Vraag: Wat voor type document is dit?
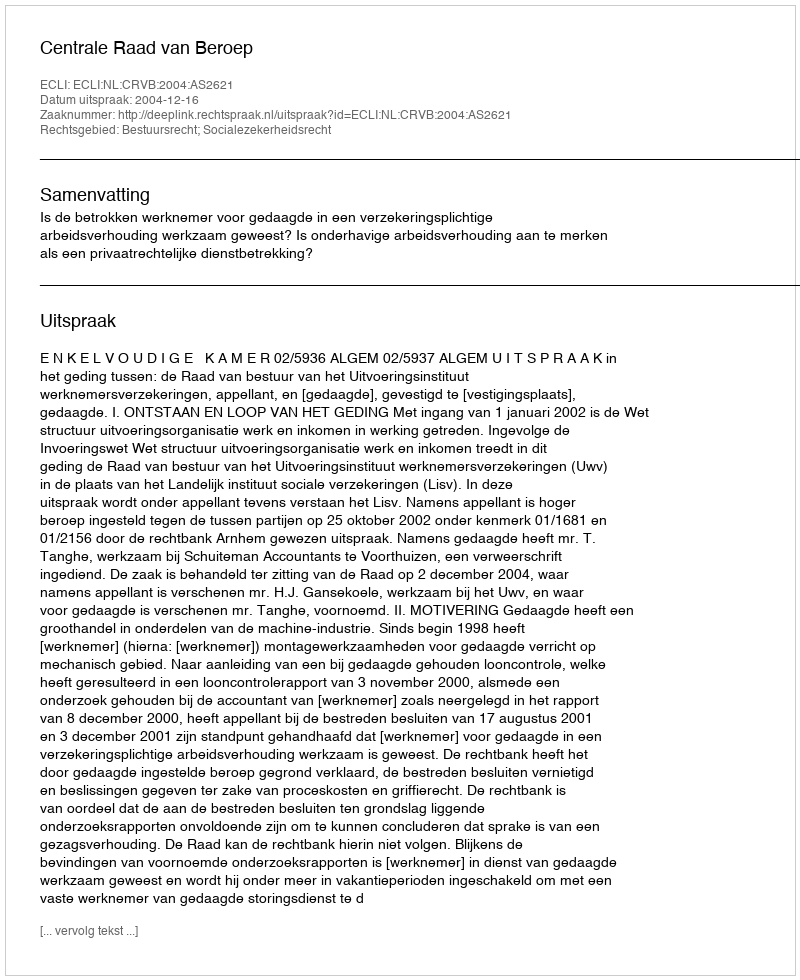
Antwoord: Uitspraak